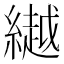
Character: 𦅲